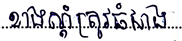
ខាងស្តាំត្រូវធំជាង